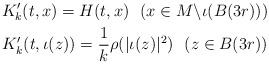
LaTeX: \begin{gather*}K'_k(t,x)=H(t,x) \ \ (x\in M\backslash \iota(B(3r))) \\K'_k(t,\iota(z))=\frac{1}{k}\rho(|\iota(z)|^2) \ \ (z\in B(3r))\end{gather*}